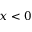
x < 0